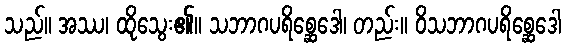
သည်။ အဿ၊ ထိုသွေး၏။ သဘာဂပရိစ္ဆေဒေါ၊ တည်း။ ဝိသဘာဂပရိစ္ဆေဒေါ